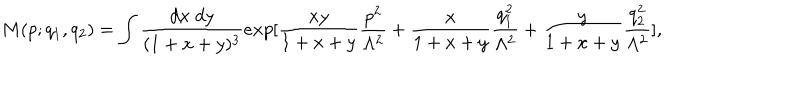
M ( p ; q _ { 1 } , q _ { 2 } ) = \int \frac { d x \; d y } { ( 1 + x + y ) ^ { 3 } } e x p [ \frac { x y } { 1 + x + y } \frac { p ^ { 2 } } { \Lambda ^ { 2 } } + \frac { x } { 1 + x + y } \frac { q _ { 1 } ^ { 2 } } { \Lambda ^ { 2 } } + \frac { y } { 1 + x + y } \frac { q _ { 2 } ^ { 2 } } { \Lambda ^ { 2 } } ] ,